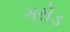
ગરોડ